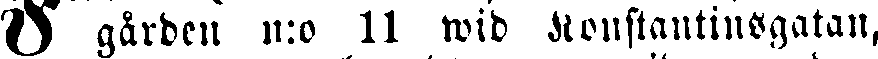
I garben n:o 11 wid Konstantinsgatan,